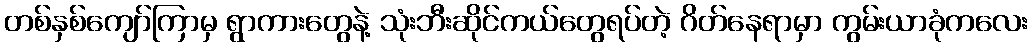
တစ်နှစ်ကျော်ကြာမှ ရွာကားတွေနဲ့ သုံးဘီးဆိုင်ကယ်တွေရပ်တဲ့ ဂိတ်နေရာမှာ ကွမ်းယာခုံကလေး